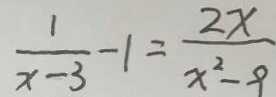
\frac { 1 } { x - 3 } - 1 = \frac { 2 x } { x ^ { 2 } - 9 }